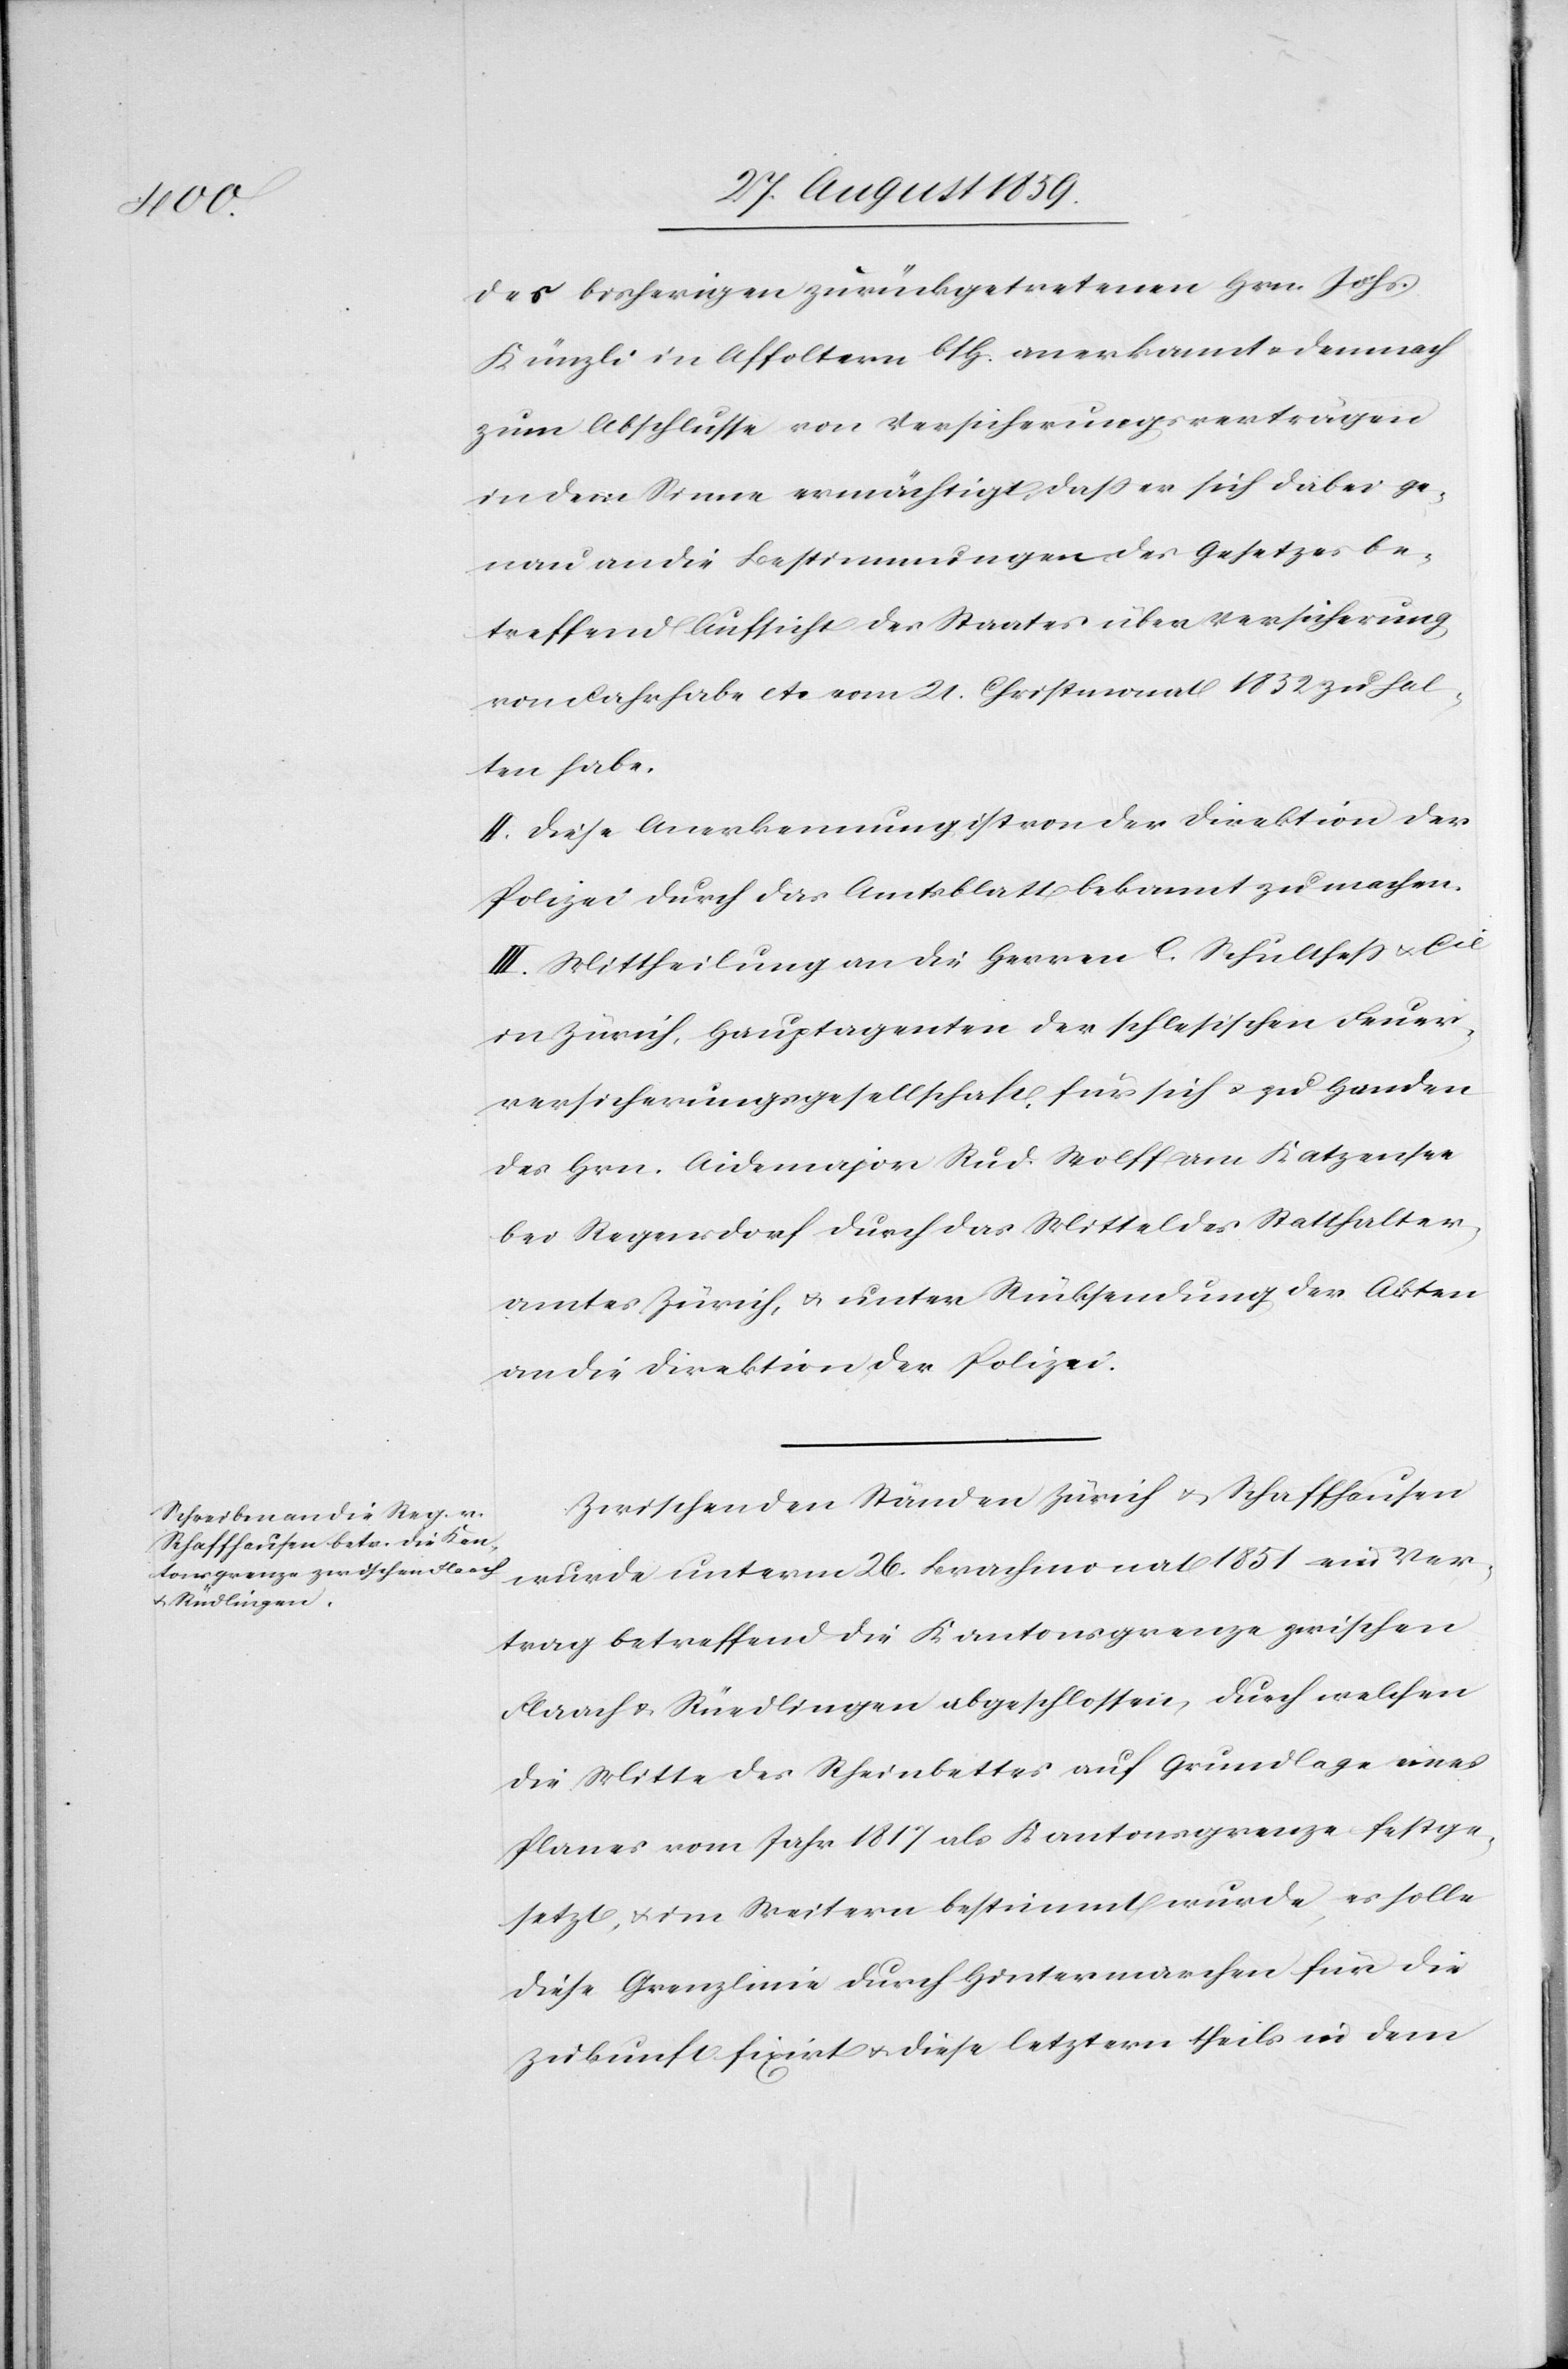
des bisherigen zurückgetretenen Hrn. Johs.
Künzli in Affoltern b/H. anerkannt & demnach
zum Abschlusse von Versicherungsverträgen
in dem Sinne ermächtigt, daß er sich dabei ge¬
nau an die Bestimmungen des Gesetzes be¬
treffend Aufsicht des Staates über Versicherung
von Fahrhabe etc. vom 21. Christmonat 1832 zu hal¬
ten habe.
II. Diese Anerkennung ist von der Direktion der
Polizei durch das Amtsblatt bekannt zu machen.
III. Mittheilung an die Herren C. Schultheß & Cie.
in Zürich, Hauptagenten der schlesischen Feuer¬
versicherungsgesellschaft, für sich & zu Handen
des Hrn. Aidemajors Rud. Wolff am Katzensee
bei Regensdorf durch das Mittel des Statthalter¬
amtes Zürich, & unter Rücksendung der Akten
an die Direktion der Polizei.
Zwischen den Ständen Zürich & Schaffhausen
wurde unterm 26. Brachmonat 1851 ein Ver¬
trag betreffend die Kantonsgrenze zwischen
Flaach & Rüedlingen [sic!] abgeschlossen, durch welchen
die Mitte des Rheinbettes auf Grundlage eines
Planes vom Jahr 1817 als Kantonsgrenze festge¬
setzt, & im Weitern bestimmt wurde, es solle
diese Grenzlinie durch Hintermarchen für die
Zukunft fixirt & diese letztern theils in dem